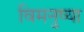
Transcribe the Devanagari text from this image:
विमनुष्या